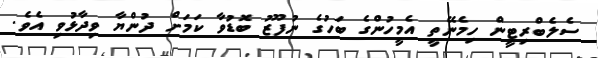
ސެލެބްރިޓީން ހިމެނޭތީ އެމީހުންގެ ބަހުގެ ނުފޫޒު ބޮޑުވާ ކަމަށް ދުންޔާ ވިދާޅުވި އެވެ.